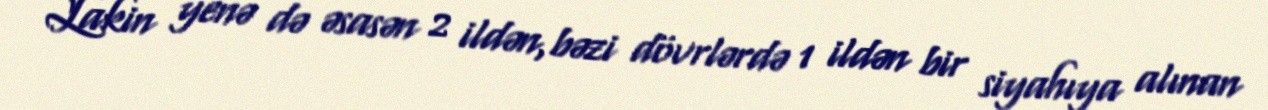
Lakin yenə də əsasən 2 ildən,bəzi dövrlərdə 1 ildən bir siyahıya alınan